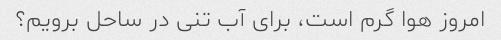
امروز هوا گرم است، برای آب تنی در ساحل برویم؟